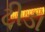
ટીડા